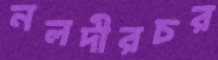
নলদীরচর